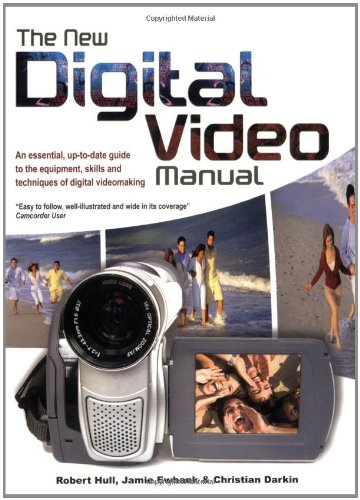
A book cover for The New Digital Video Manual: An Essential, Up-To-Date Guide to the Equipment, Skills and Techniques of Digital Videomaking; Robert Hull; Humor & Entertainment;